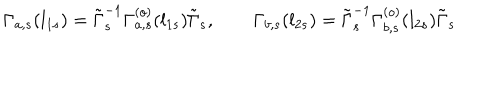
\Gamma _ { a , s } ( l _ { 1 s } ) = \tilde { \Gamma } _ { s } ^ { - 1 } \Gamma _ { a , s } ^ { ( o ) } ( l _ { 1 s } ) \tilde { \Gamma } _ { s } , \qquad \Gamma _ { b , s } ( l _ { 2 s } ) = \tilde { \Gamma } _ { s } ^ { - 1 } \Gamma _ { b , s } ^ { ( o ) } ( l _ { 2 s } ) \tilde { \Gamma } _ { s }